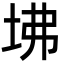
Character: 坲